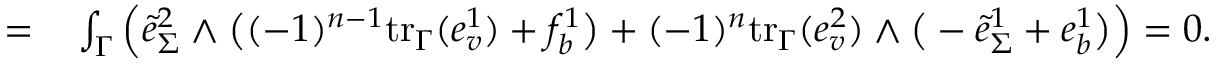
\begin{array} { r l } { = } & { { } \int _ { \Gamma } \Big ( \tilde { e } _ { \Sigma } ^ { 2 } \wedge \big ( ( - 1 ) ^ { n - 1 } \mathrm { t r } _ { \Gamma } ( e _ { v } ^ { 1 } ) + f _ { b } ^ { 1 } \big ) + ( - 1 ) ^ { n } \mathrm { t r } _ { \Gamma } ( e _ { v } ^ { 2 } ) \wedge \big ( - \tilde { e } _ { \Sigma } ^ { 1 } + e _ { b } ^ { 1 } \big ) \Big ) = 0 . } \end{array}